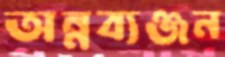
অন্নব্যঞ্জন